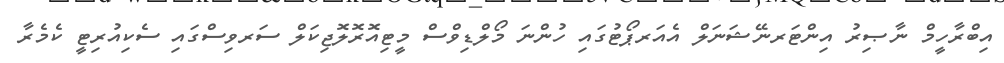
އިބްރާހީމް ނާޞިރު އިންޓަރނޭޝަނަލް އެއަރޕޯޓުގައި ހުންނަ މޯލްޑިވްސް މީޓިއޮރޮލޮޖިކަލް ސަރވިސްގައި ސެކިއުރިޓީ ކެމެރާ